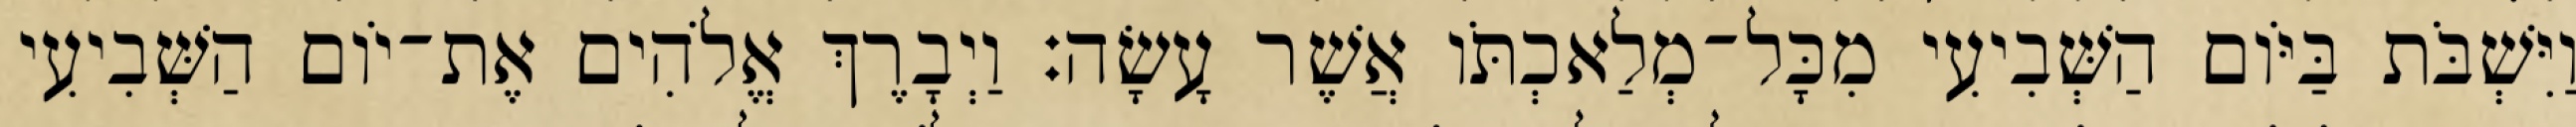
וַיִּשְׁבֹּת בַּיֹּום הַשְּׁבִיעִי מִכָּל־מְלַאכְתֹּו אֲשֶׁר עָשָׂה׃ וַיְבָרֶךְ אֱלֹהִים אֶת־יֹום הַשְּׁבִיעִי